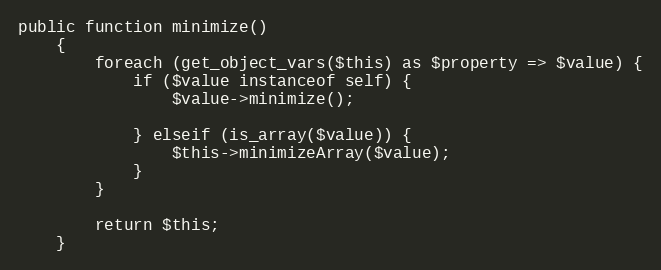
Language: PHP
public function minimize()
    {
        foreach (get_object_vars($this) as $property => $value) {
            if ($value instanceof self) {
                $value->minimize();

            } elseif (is_array($value)) {
                $this->minimizeArray($value);
            }
        }

        return $this;
    }